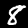
Label: 8